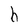
Character: h